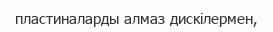
пластиналарды алмаз дискілермен,